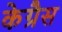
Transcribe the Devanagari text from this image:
केग्रैस